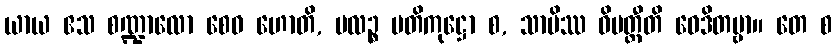
ယာယ ဧသ စဏ္ဍာလော စေဝ ဟောတိ, မလဉ္စ ပတိကုဋ္ဌော စ, သာပိဿ ဝိပတ္တီတိ ဝေဒိတဗ္ဗာ။ တေ စ